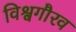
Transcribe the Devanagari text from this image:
विश्वगौरव